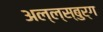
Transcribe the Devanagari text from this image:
अल्ल्स्बुर्ग